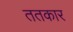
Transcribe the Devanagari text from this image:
ततकार